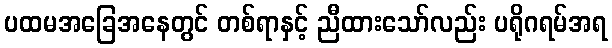
ပထမအခြေအနေတွင် တစ်ရာနှင့် ညီထားသော်လည်း ပရိုဂရမ်အရ